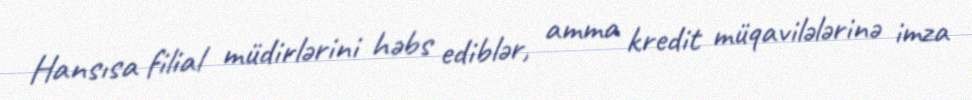
Hansısa filial müdirlərini həbs ediblər, amma kredit müqavilələrinə imza